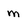
Character: m